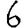
Digit: 6